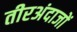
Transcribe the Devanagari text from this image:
तीरअंदाजों